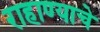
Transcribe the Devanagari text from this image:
राहाण्याचे